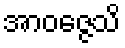
အာဝဇ္ဇေသိ